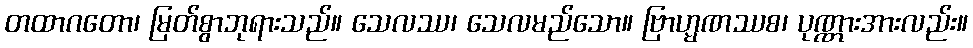
တထာဂတော၊ မြတ်စွာဘုရားသည်။ သေလဿ၊ သေလမည်သော။ ဗြာဟ္မဏဿစ၊ ပုဏ္ဏားအားလည်း။